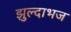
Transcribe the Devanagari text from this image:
झुल्दाभज